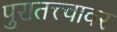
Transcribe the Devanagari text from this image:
पुरातत्त्वावर